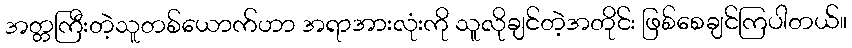
အတ္တကြီးတဲ့သူတစ်ယောက်ဟာ အရာအားလုံးကို သူလိုချင်တဲ့အတိုင်း ဖြစ်စေချင်ကြပါတယ်။